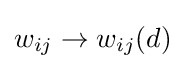
w_{ij}\rightarrow w_{ij}(d)